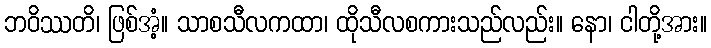
ဘဝိဿတိ၊ ဖြစ်အံ့။ သာစသီလကထာ၊ ထိုသီလစကားသည်လည်း။ နော၊ ငါတို့အား။